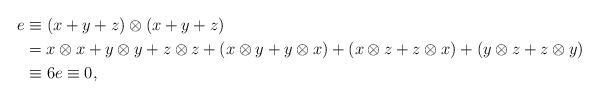
LaTeX: \begin{align*} e&\equiv (x+y+z)\otimes(x+y+z) \\ &= x\otimes x + y\otimes y + z\otimes z + (x\otimes y + y\otimes x) + (x\otimes z + z\otimes x) + (y\otimes z + z\otimes y)\\ &\equiv 6e\equiv 0,\end{align*}